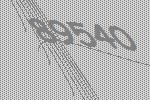
89540